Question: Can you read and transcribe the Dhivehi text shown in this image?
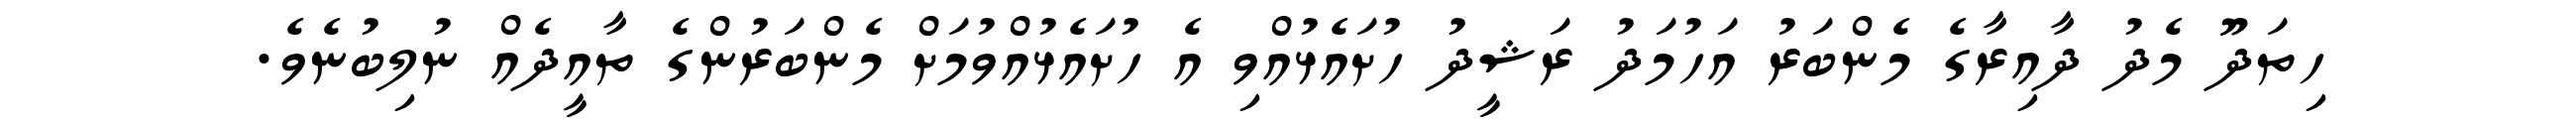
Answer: ހިތަދޫ މެދު ދާއިރާގެ މެންބަރު އަހުމަދު ރަޝީދު ހުށައެޅުއްވި އެ ހުށައެޅުއްވުމަށް މެންބަރުންގެ ތާއީދެއް ނުލިބުނެވެ.